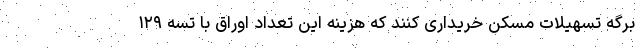
برگه تسهیلات مسکن خریداری کنند که هزینه این تعداد اوراق با تسه ۱۲۹